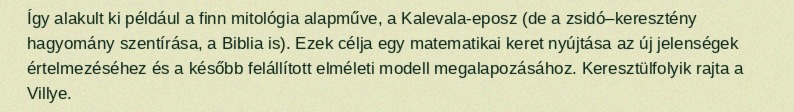
Így alakult ki például a finn mitológia alapműve, a Kalevala-eposz (de a zsidó–keresztény hagyomány szentírása, a Biblia is). Ezek célja egy matematikai keret nyújtása az új jelenségek értelmezéséhez és a később felállított elméleti modell megalapozásához. Keresztülfolyik rajta a Villye.